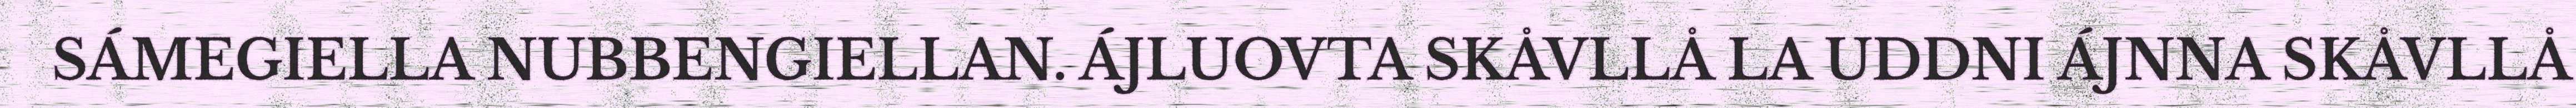
SÁMEGIELLA NUBBENGIELLAN. ÁJLUOVTA SKÅVLLÅ LA UDDNI ÁJNNA SKÅVLLÅ